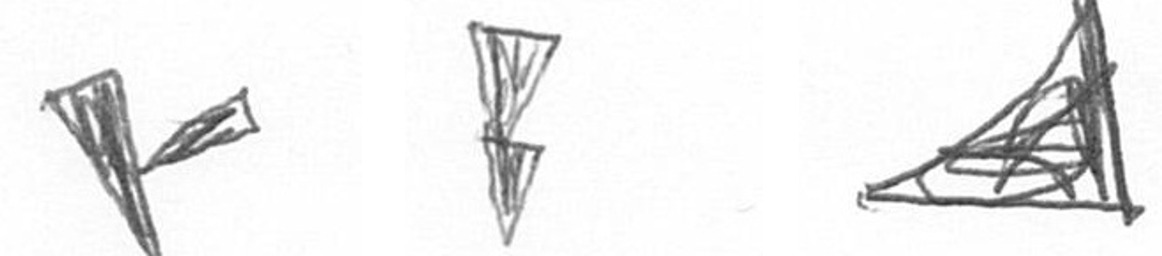
F Z O